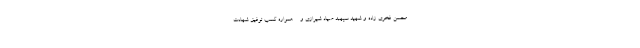
محسن فخری زاده و شهید سپهبد صیاد شیرازی و ... همواره کسب توفیق شهادت